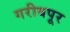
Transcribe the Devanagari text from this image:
गरीबपूर